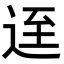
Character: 𨒬